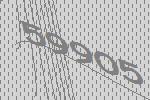
59905